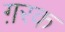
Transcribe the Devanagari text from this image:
ग़रक